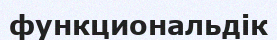
функциональдік